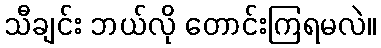
သီချင်း ဘယ်လို တောင်းကြရမလဲ။